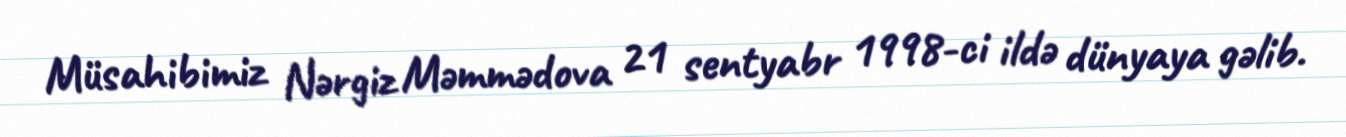
Müsahibimiz Nərgiz Məmmədova 21 sentyabr 1998-ci ildə dünyaya gəlib.